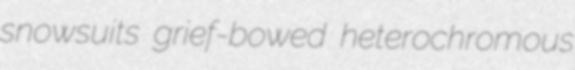
snowsuits grief-bowed heterochromous